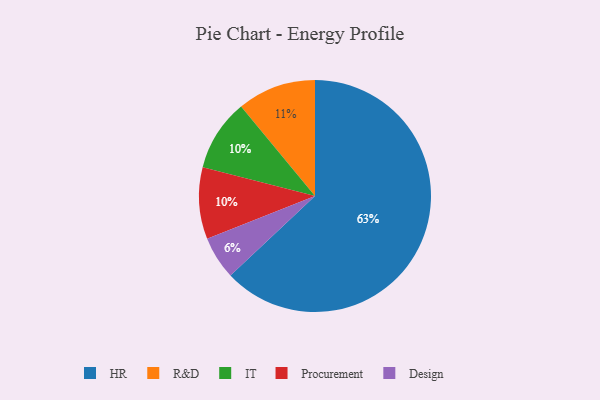
{"axis": {"x": "Category", "y": "Percentage"}, "legend": ["Design", "HR", "IT", "Procurement", "R&D"], "data": [{"x": "Design", "y": 6, "type": "Design"}, {"x": "IT", "y": 10, "type": "IT"}, {"x": "R&D", "y": 11, "type": "R&D"}, {"x": "HR", "y": 63, "type": "HR"}, {"x": "Procurement", "y": 10, "type": "Procurement"}]}